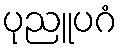
ပုညူပဂံ